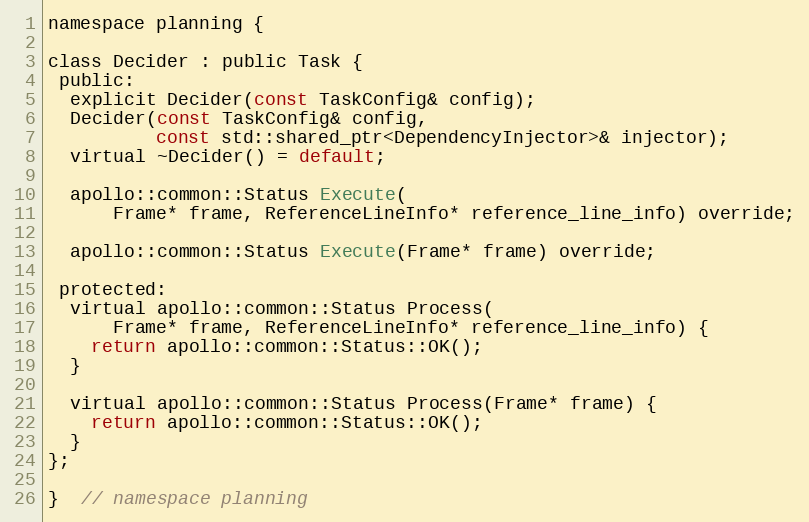
Language: C
namespace planning {

class Decider : public Task {
 public:
  explicit Decider(const TaskConfig& config);
  Decider(const TaskConfig& config,
          const std::shared_ptr<DependencyInjector>& injector);
  virtual ~Decider() = default;

  apollo::common::Status Execute(
      Frame* frame, ReferenceLineInfo* reference_line_info) override;

  apollo::common::Status Execute(Frame* frame) override;

 protected:
  virtual apollo::common::Status Process(
      Frame* frame, ReferenceLineInfo* reference_line_info) {
    return apollo::common::Status::OK();
  }

  virtual apollo::common::Status Process(Frame* frame) {
    return apollo::common::Status::OK();
  }
};

}  // namespace planning